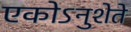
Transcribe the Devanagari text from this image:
एकोऽनुशेते